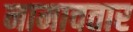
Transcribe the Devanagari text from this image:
नामावतार